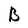
Character: B